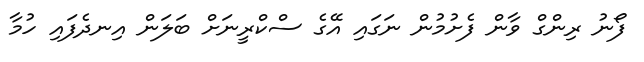
ފޯނު ރިންގް ވާން ފެށުމުން ނަގައި އޭގެ ސްކްރީނަށް ބަލަން އިނދެފައި ހުމާ